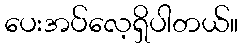
ပေးအပ်လေ့ရှိပါတယ်။